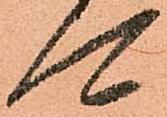
可